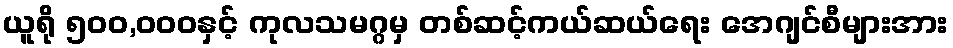
ယူရို ၅၀၀,၀၀၀နှင့် ကုလသမဂ္ဂမှ တစ်ဆင့်ကယ်ဆယ်ရေး အေဂျင်စီများအား